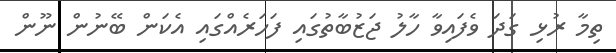
ތިމާ ރުޅި ގަދަ ވެފައިވާ ހާލު ޖަޒުބާތުގައި ފަހަރެއްގައި އެކަން ބޭނުން ނޫން